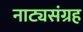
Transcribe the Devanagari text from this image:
नाट्यसंग्रह